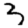
Digit: 3